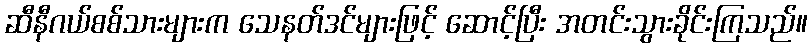
ဆီနီဂယ်စစ်သားများက သေနတ်ဒင်များဖြင့် ဆောင့်ပြီး အတင်းသွားခိုင်းကြသည်။